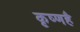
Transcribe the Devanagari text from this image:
कृष्णहै